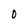
Character: O